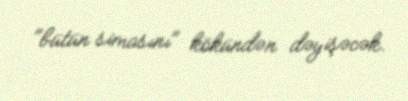
"bütün simasını" kökündən dəyişəcək.